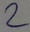
Text: 2